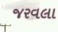
જરવલા